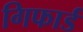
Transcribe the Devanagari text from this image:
गिफार्ड